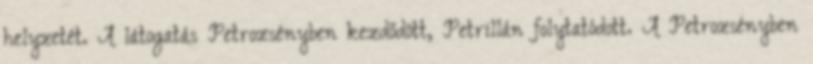
helyzetét. A látogatás Petrozsényben kezdődött, Petrillán folytatódott. A Petrozsényben